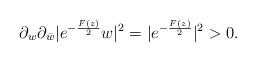
LaTeX: \begin{align*}\partial_{w}\partial_{\bar{w}}|e^{-\frac{F(z)}{2}}w|^2 = |e^{-\frac{F(z)}{2}}|^2>0. \end{align*}